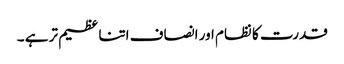
قدرت کا نظام اور انصاف اتنا عظیم تر ہے ۔